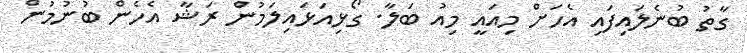
ގާތު ބުނެލައިފައި އެހަށް މިއައީ މިއު ބަލާ. ގޯޅިއަޅައިލަމުން ރަޝާ އެހެން ބުނުމުން